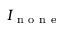
I _ { \mathrm { ~ n ~ o ~ n ~ e ~ } }